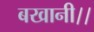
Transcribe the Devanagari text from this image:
बखानी।।